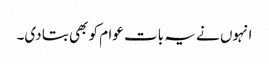
انہوں نے یہ بات عوام کو بھی بتا دی۔